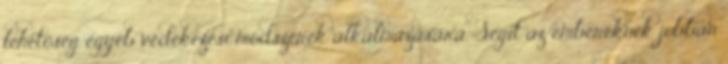
lehetőség egyéb védekezési módszerek alkalmazására. Segít az embereknek jobban